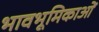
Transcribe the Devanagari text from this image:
भावभूमिकाओं